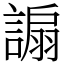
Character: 謆